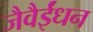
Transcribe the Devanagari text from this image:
जैवैईंधन